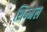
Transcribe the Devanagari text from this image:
शिम्मेल